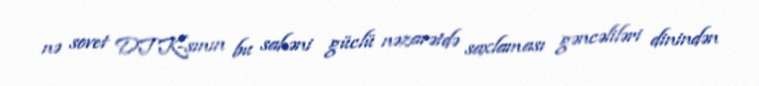
nə sovet DTK-sının bu sahəni güclü nəzarətdə saxlaması gəncəliləri dinindən